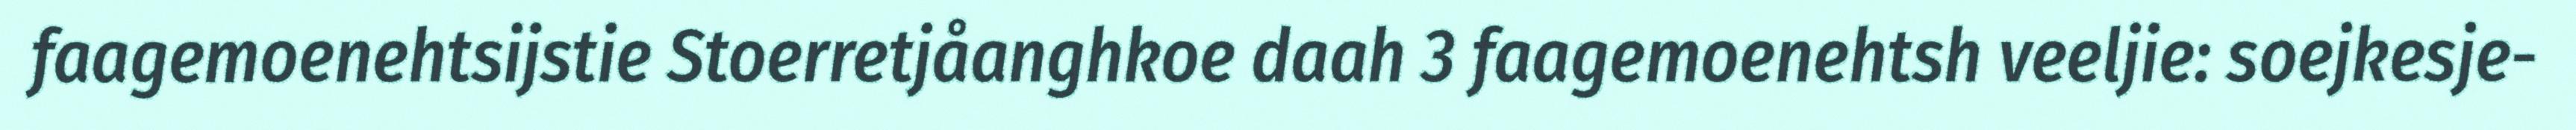
faagemoenehtsijstie Stoerretjåanghkoe daah 3 faagemoenehtsh veeljie: soejkesje-